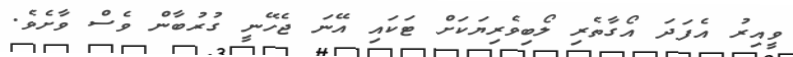
ވީއިރު އެފަދަ އޯގާތެރި ލޯބިވެރިޔަކަށް ޓަކައި އޭނަ ޖެހޭނީ ގުރުބާން ވެސް ވާށެވެ.